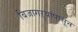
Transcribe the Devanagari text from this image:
बिजागऱ्यांपासून